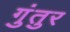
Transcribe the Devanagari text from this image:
गुंतुर